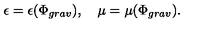
\epsilon = \epsilon ( \Phi _ { g r a v } ) , \quad \mu = \mu ( \Phi _ { g r a v } ) .